Annual report on the Civil Veterinary Department, Burma (including the Insein Veterinary School) - 1910-1922
Year: 1910
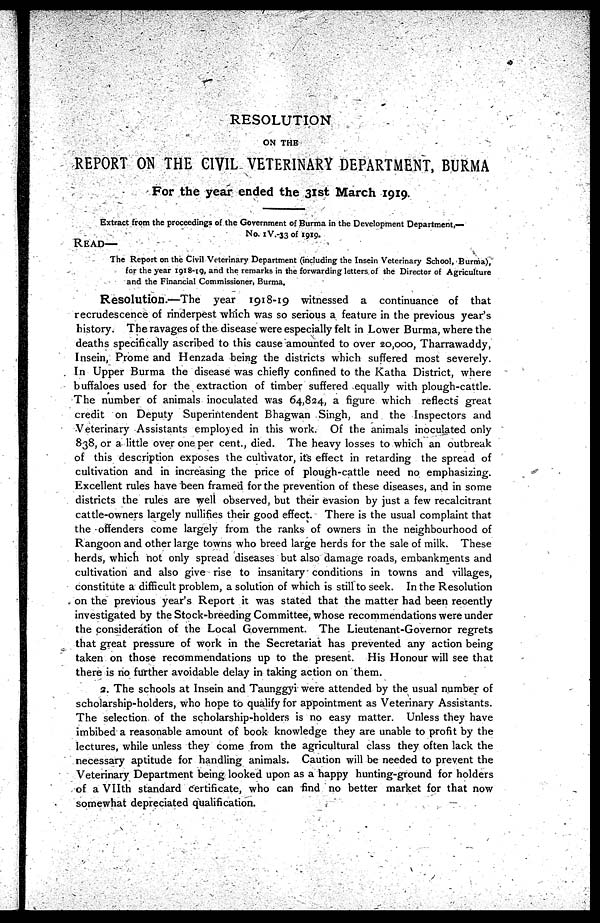
RESOLUTION
ON THE
REPORT ON THE CIVIL VETERINARY DEPARTMENT, BURMA
For the year ended the 31st March 1919.
Extract from the proceedings of the Government of Burma in the Development Department,—
No. 1V.-33 of 1919.
READ—
The Report on the Civil Veterinary Department (including the Insein Veterinary School, Burma),
for the year 1918-19, and the remarks in the forwarding letters of the Director of Agriculture
and the Financial Commissioner, Burma.
Resolution.—The year 1918-19 witnessed a continuance of that
recrudescence of rinderpest which was so serious a feature in the previous year's
history. The ravages of the disease were especially felt in Lower Burma, where the
deaths specifically ascribed to this cause amounted to over 20,000, Tharrawaddy,
Insein, Prome and Henzada being the districts which suffered most severely.
In Upper Burma the disease was chiefly confined to the Katha District, where
buffaloes used for the extraction of timber suffered equally with plough-cattle.
The number of animals inoculated was 64,824, a figure which reflects great
credit on Deputy Superintendent Bhagwan Singh, and the Inspectors and
Veterinary Assistants employed in this work. Of the animals inoculated only
838, or a little over one per cent., died. The heavy losses to which an outbreak
of this description exposes the cultivator, its effect in retarding the spread of
cultivation and in increasing the price of plough-cattle need no emphasizing.
Excellent rules have been framed for the prevention of these diseases, and in some
districts the rules are well observed, but their evasion by just a few recalcitrant
cattle-owners largely nullifies their good effect. There is the usual complaint that
the offenders come largely from the ranks of owners in the neighbourhood of
Rangoon and other large towns who breed large herds for the sale of milk. These
herds, which not only spread diseases but also damage roads, embankments and
cultivation and also give rise to insanitary conditions in towns and villages,
constitute a difficult problem, a solution of which is still to seek. In the Resolution
on the previous year's Report it was stated that the matter had been recently
investigated by the Stock-breeding Committee, whose recommendations were under
the consideration of the Local Government. The Lieutenant-Governor regrets
that great pressure of work in the Secretariat has prevented any action being
taken on those recommendations up to the present. His Honour will see that
there is no further avoidable delay in taking action on them.
2. The schools at Insein and Taunggyi were attended by the usual number of
scholarship-holders, who hope to qualify for appointment as Veterinary Assistants.
The selection of the scholarship-holders is no easy matter. Unless they have
imbibed a reasonable amount of book knowledge they are unable to profit by the
lectures, while unless they come from the agricultural class they often lack the
necessary aptitude for handling animals. Caution will be needed to prevent the
Veterinary Department being looked upon as a happy hunting-ground for holders
of a VIIth standard Certificate, who can find no better market for that now
somewhat depreciated qualification.